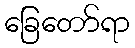
ခြေတော်ရာ